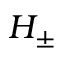
H _ { \pm }